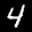
Label: 4